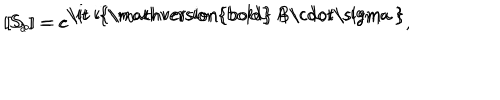
[ S _ { a } ] = e ^ { \mathrm { \it ~ i { \ m a t h v e r s i o n { b o l d } ~ A \cdot \ s i g m a ~ } } } , \hspace { 3 m m } [ S _ { b } ] = e ^ { \mathrm { \it ~ i { \ m a t h v e r s i o n { b o l d } ~ B \cdot \ s i g m a ~ } } }